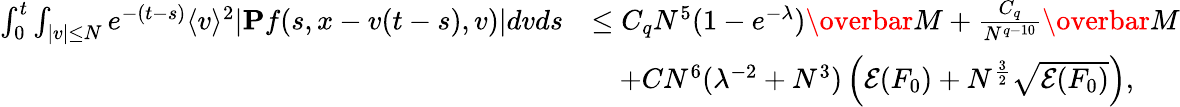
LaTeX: \begin{array}{rl}{\int_{0}^{t}\int_{\vert v\vert\leq N}e^{-(t-s)}\langle v\rangle^{2}\vert\mathbf{P}f(s,x-v(t-s),v)\vert dvds}&{\leq C_{q}N^{5}(1-e^{-\lambda})\overbar{M}+\frac{C_{q}}{N^{q-10}}\overbar{M}}\\ &{\quad+CN^{6}(\lambda^{-2}+N^{3})\left(\mathcal{E}(F_{0})+N^{\frac{3}{2}}\sqrt{\mathcal{E}(F_{0})}\right),}\end{array}